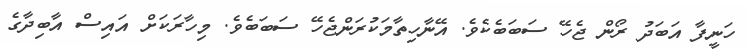
ހަނީފާ އަބަދު ރޯން ޖެހޭ ސަބަބެކެވެ. އޭނާހިތާމަކުރަންޖެހޭ ސަބަބެވެ. މިހާރަކަށް އައިސް އާބިދާގެ